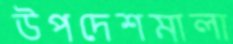
উপদেশমালা